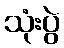
သုံးပွဲ